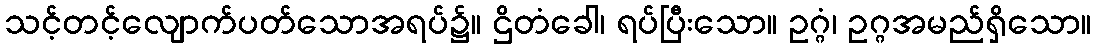
သင့်တင့်လျောက်ပတ်သောအရပ်၌။ ဌိတံခေါ၊ ရပ်ပြီးသော။ ဥဂ္ဂံ၊ ဥဂ္ဂအမည်ရှိသော။